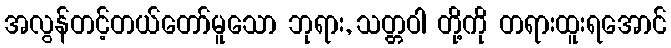
အလွန်တင့်တယ်တော်မူသော ဘုရား, သတ္တဝါ တို့ကို တရားထူးရအောင်